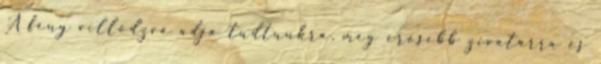
A fény villódzva adja tudtunkra, még erősebb zivatarra és